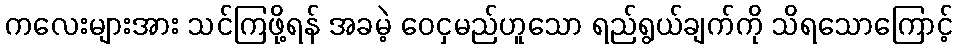
ကလေးများအား သင်ကြဖို့ရန် အခမဲ့ ဝေငှမည်ဟူသော ရည်ရွယ်ချက်ကို သိရသောကြောင့်